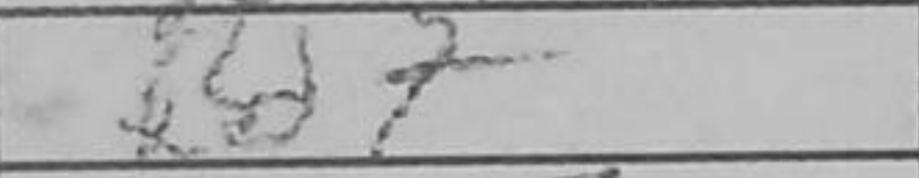
Transcription: Bd7